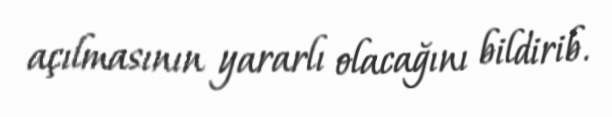
açılmasının yararlı olacağını bildirib.